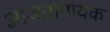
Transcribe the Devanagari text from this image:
आजतागायक